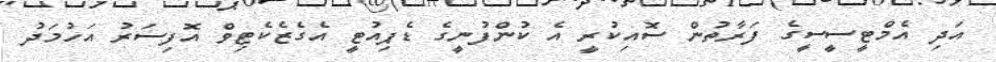
އަދި އެމްޓީސީސީގެ ފަރާތުން ސޮއިކުރީ އެ ކުންފުނީގެ ޑެޕިއުޓީ އެގެޒެކެޓިވް އޮފިސަރު އަހުމަދު